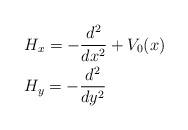
LaTeX: \begin{align*} &H_x=-\frac{d^2}{dx^2} +V_0(x)\\ &H_y=-\frac{d^2}{dy^2}\end{align*}